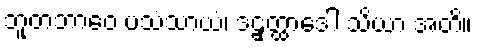
ဘူတဘာဝေ ပသံသာယံ၊ ဒဠှတ္ထာဒေါ သိယာ အတိ။